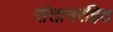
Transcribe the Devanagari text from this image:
संतानरहित